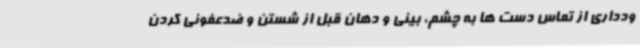
ودداری از تماس دست ها به چشم، بینی و دهان قبل از شستن و ضدعفونی کردن